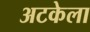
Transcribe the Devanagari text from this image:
अटकेला